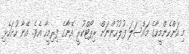
މި އަންހެންމީހާގެ މައްސަލަ ފުލުހުންނަށް ރިޕޯޓްކުރީ އޭނާގެ ފިރިމީހާ އެވެ. އޭނާ ހުށަހެޅި